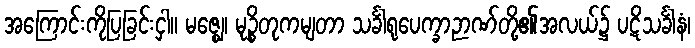
အကြောင်းကိုပြခြင်းငှါ။ မဇ္ဈေ၊ မုဉ္စိတုကမျတာ သင်္ခါရုပေက္ခာဉာဏ်တို့၏အလယ်၌ ပဋိသင်္ခါနံ၊